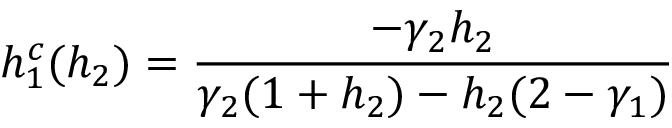
h _ { 1 } ^ { c } ( h _ { 2 } ) = \frac { - \gamma _ { 2 } h _ { 2 } } { \gamma _ { 2 } ( 1 + h _ { 2 } ) - h _ { 2 } ( 2 - \gamma _ { 1 } ) }